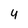
Character: 4